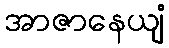
အာဇာနေယျံ